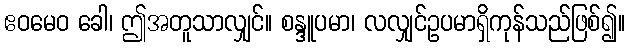
ဧဝမေဝ ခေါ၊ ဤအတူသာလျှင်။ စန္ဒူပမာ၊ လလျှင်ဥပမာရှိကုန်သည်ဖြစ်၍။